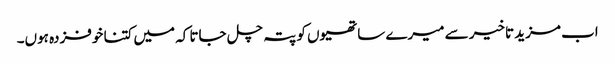
اب مزید تاخیر سے میرے ساتھیوں کو پتہ چل جاتا کہ میں کتنا خوفزدہ ہوں۔